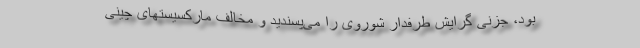
بود، جزنی گرایش طرفدار شوروی را می‌پسندید و مخالف ماركسیستهای چینی